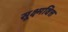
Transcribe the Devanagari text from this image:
सूक्ष्मवित्त